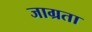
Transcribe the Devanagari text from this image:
जाग्रता